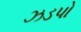
ઝડપો